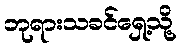
ဘုရားသခင်ရှေ့သို့